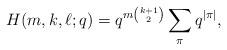
LaTeX: \begin{align*}H(m,k,\ell;q)=q^{m\binom{k+1}{2}}\sum_{\pi} q^{|\pi|},\end{align*}